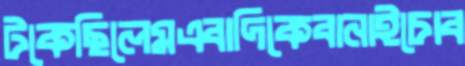
টকেছিলেমএবাদিকেবানাইচোব